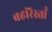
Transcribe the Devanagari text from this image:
बहरिस्ताँ